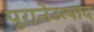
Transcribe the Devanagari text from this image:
पुरानेउत्पाद